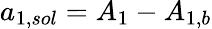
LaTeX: {a_{1,sol}}={A_{1}}-{A_{1,b}}